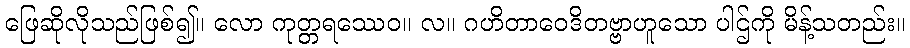
ဖြေဆိုလိုသည်ဖြစ်၍။ လော ကုတ္တရဿေဝ။ လ။ ဂဟိတာဝေဒိတဗ္ဗာဟူသော ပါဌ်ကို မိန့်သတည်း။